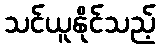
သင်ယူနိုင်သည့်